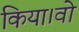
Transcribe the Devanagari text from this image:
किया।वो